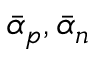
\bar { \alpha } _ { p } , \bar { \alpha } _ { n }